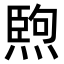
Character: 𤍥